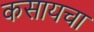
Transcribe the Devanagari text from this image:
कसायचा